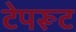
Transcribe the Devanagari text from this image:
टेपरूट